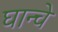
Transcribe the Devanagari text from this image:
घान्चे